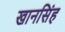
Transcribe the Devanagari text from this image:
खानसिंह